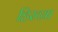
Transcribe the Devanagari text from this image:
हिरव्य़ा